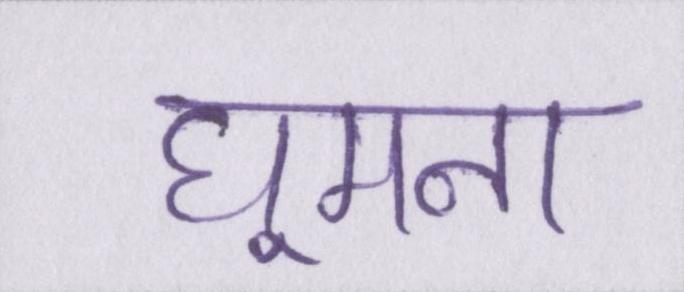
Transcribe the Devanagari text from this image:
घूमना